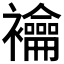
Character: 𧟇